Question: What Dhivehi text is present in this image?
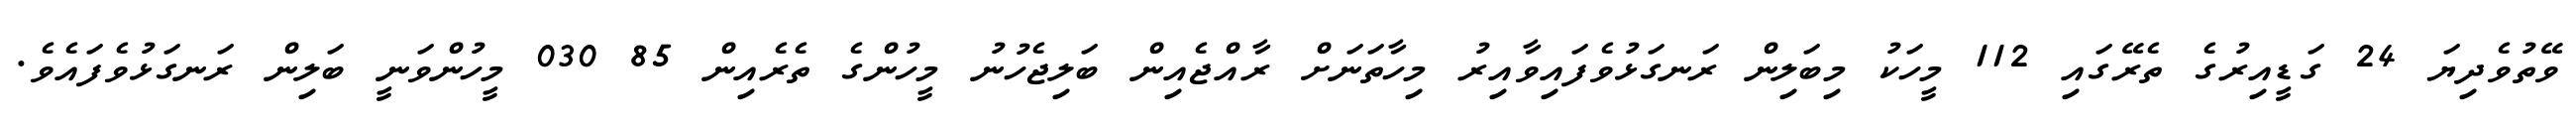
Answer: ވޭތުވެދިޔަ 24 ގަޑީއިރުގެ ތެރޭގައި 112 މީހަކު މިބަލިން ރަނގަޅުވެފައިވާއިރު މިހާތަނަށް ރާއްޖެއިން ބަލިޖެހުނު މީހުންގެ ތެރެއިން 85 030 މީހުންވަނީ ބަލިން ރަނގަޅުވެފައެވެ.